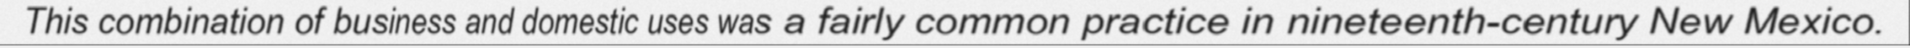
This combination of business and domestic uses was a fairly common practice in nineteenth-century New Mexico.